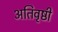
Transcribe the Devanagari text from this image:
अतिवृष्ठी